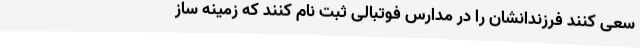
سعی کنند فرزندانشان را در مدارس فوتبالی ثبت نام کنند که زمینه ساز